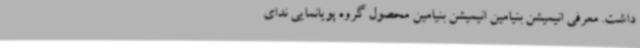
داشت. معرفی انیمیشن بنیامین انیمیشن بنیامین محصول گروه پویانمایی ندای